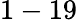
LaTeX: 1-19